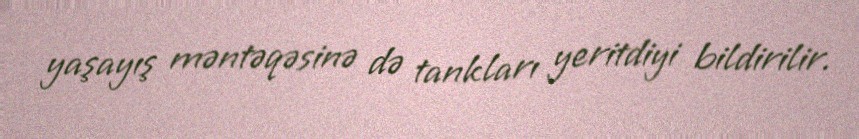
yaşayış məntəqəsinə də tankları yeritdiyi bildirilir.